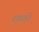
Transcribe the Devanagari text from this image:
साको